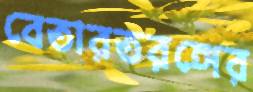
বেতারতরঙ্গের